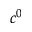
c ^ { 0 }